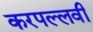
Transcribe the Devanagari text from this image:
करपल्लवी